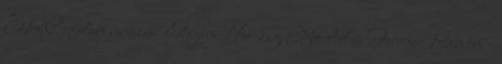
ERC-futam nevezési listáján Herczig Norbert és Ferencz Ramón -